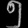
Digit: ၅